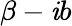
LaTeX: \beta-\mathit{i}b